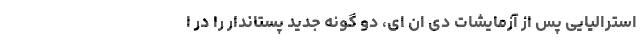
استرالیایی پس از آزمایشات دی ان ای، دو گونه جدید پستاندار را در ا